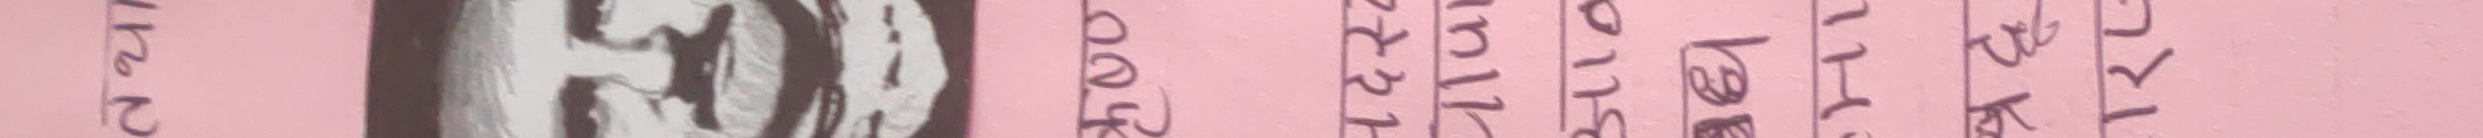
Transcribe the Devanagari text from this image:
२ ५०० मरक ओई १ ल
४ २२ रपरा मैला बा
१२ २१ नवि हाम ट
१५ १९ ने र
११ ११ लेह ल